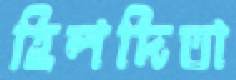
হিলদিতা